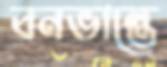
বনভান্তে